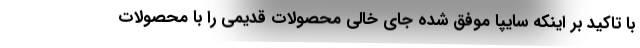
با تاکید بر اینکه سایپا موفق شده جای خالی محصولات قدیمی را با محصولات